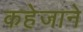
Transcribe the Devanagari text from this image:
कहेजाने